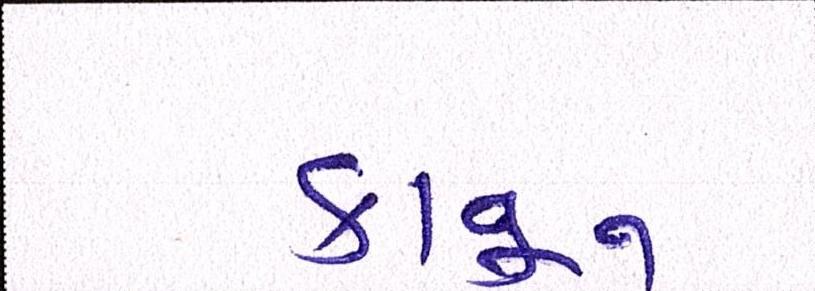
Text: કાનૂન